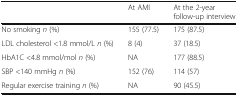
<table><thead><tr><td></td><td><b>At AMI</b></td><td><b>At the 2-year follow-up interview</b></td></tr></thead><tbody><tr><td>No smoking <i>n</i> (%)</td><td>155 (77.5)</td><td>175 (87.5)</td></tr><tr><td>LDL cholesterol &lt;1.8 mmol/L <i>n</i> (%)</td><td>8 (4)</td><td>37 (18.5)</td></tr><tr><td>HbA1C &lt;4.8 mmol/mol <i>n</i> (%)</td><td>NA</td><td>177 (88.5)</td></tr><tr><td>SBP &lt;140 mmHg <i>n</i> (%)</td><td>152 (76)</td><td>114 (57)</td></tr><tr><td>Regular exercise training <i>n</i> (%)</td><td>NA</td><td>90 (45.5)</td></tr></tbody></table>